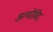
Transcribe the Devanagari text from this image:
अल्मोर्विद